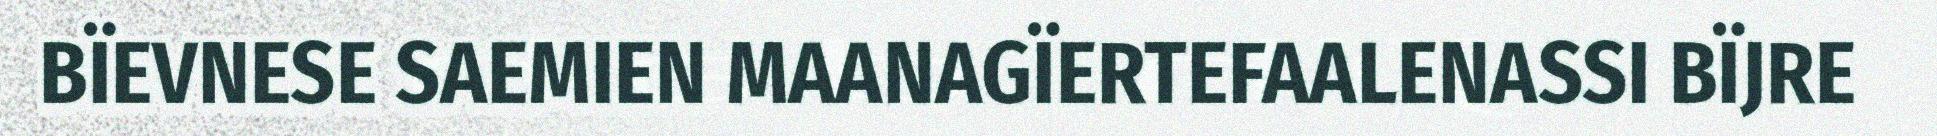
BÏEVNESE SAEMIEN MAANAGÏERTEFAALENASSI BÏJRE